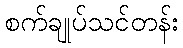
စက်ချုပ်သင်တန်း